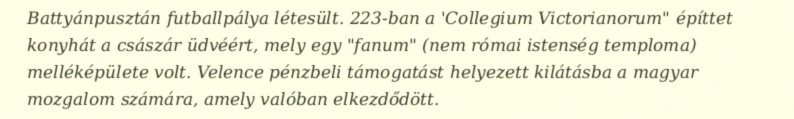
Battyánpusztán futballpálya létesült. 223-ban a 'Collegium Victorianorum" építtet konyhát a császár üdvéért, mely egy "fanum" (nem római istenség temploma) melléképülete volt. Velence pénzbeli támogatást helyezett kilátásba a magyar mozgalom számára, amely valóban elkezdődött.